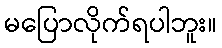
မပြောလိုက်ရပါဘူး။